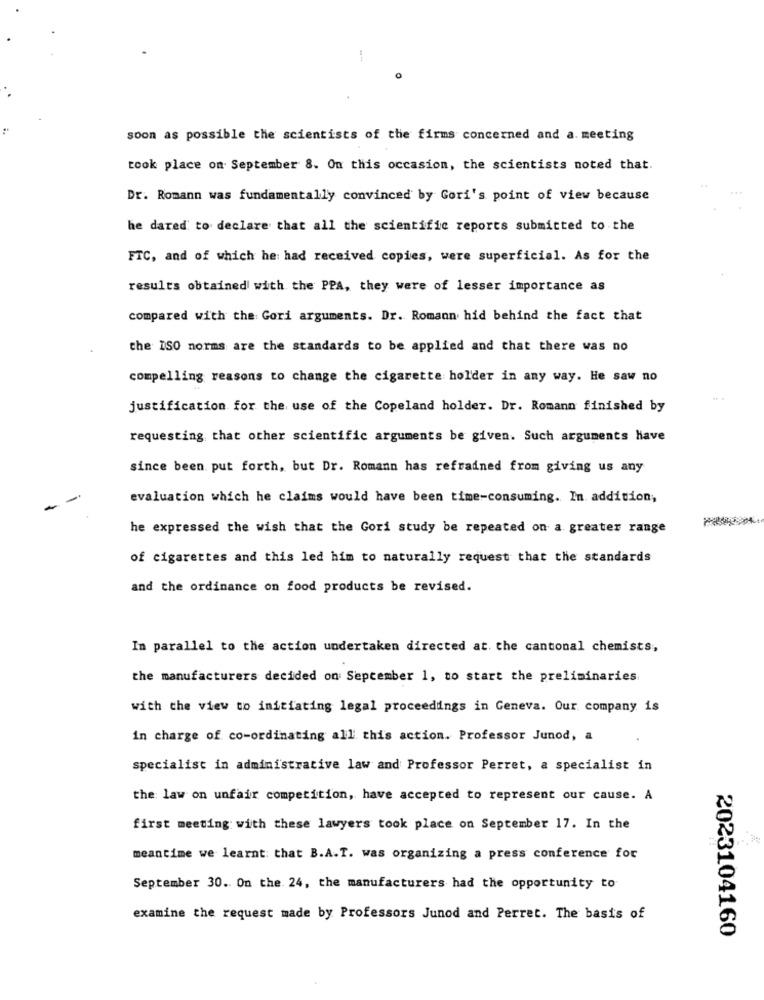
soon as possible the scientists of the firms concerned and a. meeting
took place on September 8. On this occasion, the scientists noted that.
Dr. Romann was fundamentally convinced by Gori's point of view because
he dared to declare that all the scientific reports submitted to the
FTC, and of which he had received copies, were superficial. As for the
results obtained with the PPA, they were of lesser importance as
compared with the Gori arguments. Dr. Romann hid behind the fact that
the ISO norms are the standards to be applied and that there was no
compelling reasons to change the cigarette holder in any way. He saw no
justification for the use of the Copeland holder. Dr. Romann finished by
requesting that other scientific arguments be given. Such arguments have
since been put forth, but Dr. Romann has refrained from giving us any
evaluation which he claims would have been time-consuming. In addition,
he expressed the wish that the Gori study be repeated on a greater range
of cigarettes and this led him to naturally request that the standards
and the ordinance on food products be revised.
In parallel to the action undertaken directed at the cantonal chemists,
the manufacturers decided on September 1, to start the preliminaries
with the view to initiating legal proceedings in Geneva. Our company is
in charge of co-ordinating all' this action. Professor Junod, a
specialist in administrative law and Professor Perret, a specialist in
the law on unfair competition, have accepted to represent our cause. A
first meeting with these lawyers took place on September 17. In the
meantime we learnt: that B.A.T. was organizing a press conference for
September 30. On the 24, the manufacturers had the opportunity to
examine the request made by Professors Junod and Perret. The basis of
2023104160